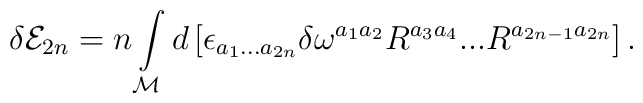
\delta {\cal E}_{2n}=n\int\limits_{{\cal M}}d\left[ \epsilon_{a_{1}...a_{2n}}\delta \omega^{a_{1}a_{2}}R^{a_{3}a_{4}}...R^{a_{2n-1}a_{2n}}\right] .